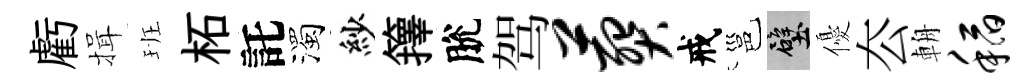
虧揖班柘託濁紗籜脫驾葬戒邕壁優厺輈稻